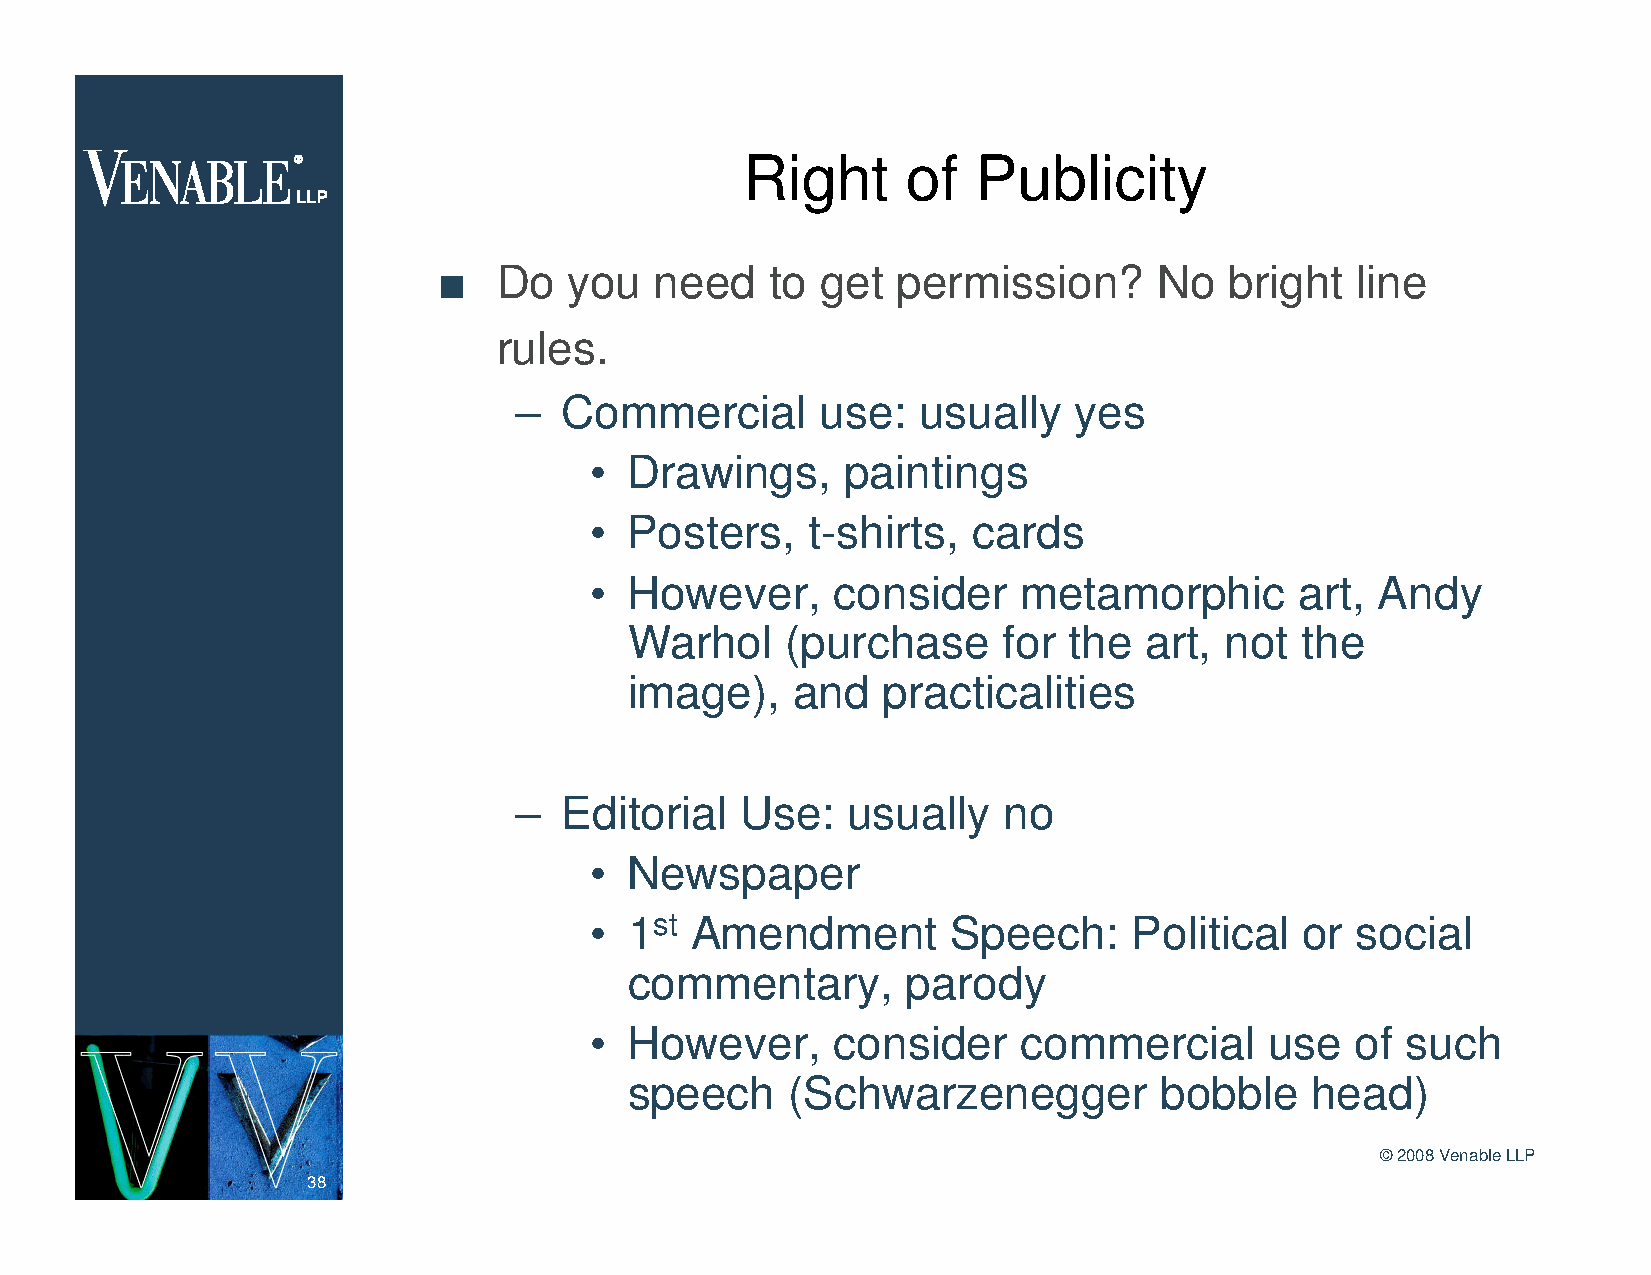
Right      of   Publicity
 n   Do   you  need    to get  permission?       No  bright   line
 rules.
 –  Commercial       use:   usually   yes
 •  Drawings,     paintings
 •  Posters,    t-shirts, cards
 •  However,     consider     metamorphic       art, Andy
 Warhol    (purchase     for  the  art, not  the
 image),    and  practicalities
 –  Editorial   Use:   usually   no
 •  Newspaper
 •  1st Amendment        Speech:     Political  or  social
 commentary,       parody
 •  However,     consider     commercial      use   of such
 speech    (Schwarzenegger          bobble    head)
 ©2008 Venable LLP
 38